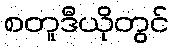
စတူဒီယိုတွင်